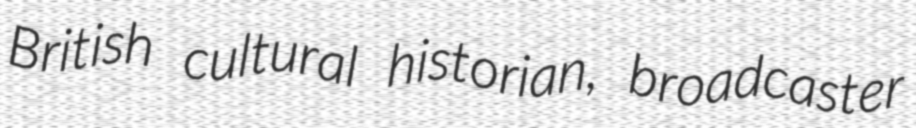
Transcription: British cultural historian, broadcaster